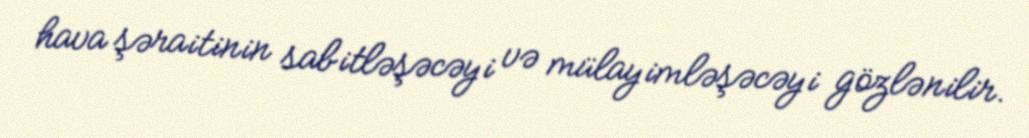
hava şəraitinin sabitləşəcəyi və mülayimləşəcəyi gözlənilir.